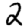
Digit: 2